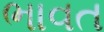
ભાવત